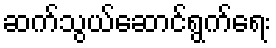
ဆက်သွယ်ဆောင်ရွက်ရေး